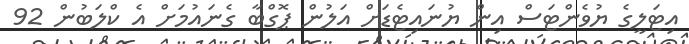
އިޓަލީގެ ޔުވެންޓަސް އިން ޔުނައިޓެޑަށް އަލުން ޕޮގްބާ ގެނައުމަށް އެ ކްލަބުން 92